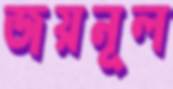
জয়নূল